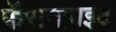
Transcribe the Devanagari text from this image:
फॅरानहाइट